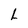
Character: L